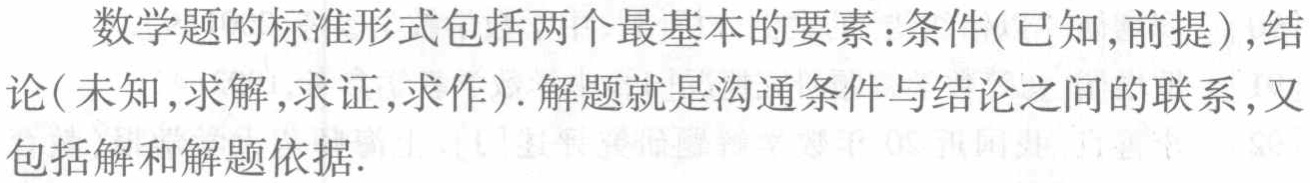
数学题的标准形式包括两个最基本的要素：条件(已知,前提),结论(未知,求解,求证,求作). 解题就是沟通条件与结论之间的联系,又包括解和解题依据.